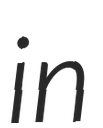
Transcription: in